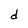
Character: d